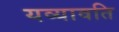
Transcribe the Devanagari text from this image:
यव्यावति